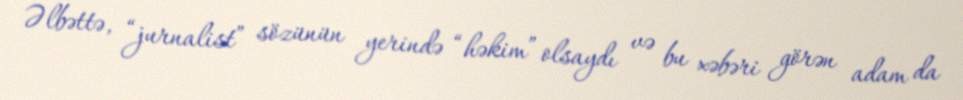
Əlbəttə, “jurnalist” sözünün yerində “həkim” olsaydı və bu xəbəri görən adam da